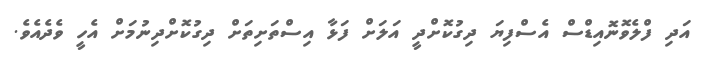
އަދި ފްލެވޮނޮއިޑްސް އެސްފިޔަ ދިގުކޮށްދީ އަލަށް ފަޅާ އިސްތަށިތަށް ދިގުކޮށްދިނުމަށް އެހީ ވެދެއެވެ.